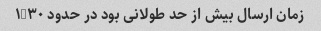
زمان ارسال بیش از حد طولانی بود در حدود ۱/۳۰